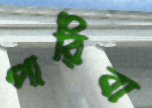
পারিবা